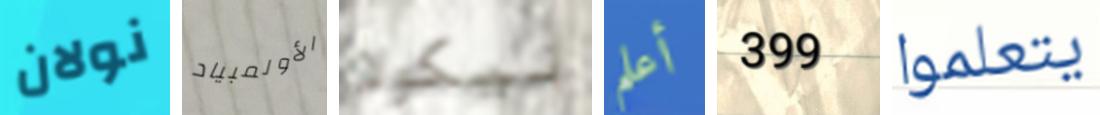
نولان الأولمبياد نيكولا أعلم 399 يتعلموا